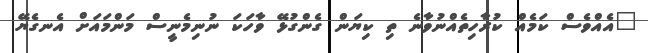
"އެއްވެސް ކަމެއް ކުރާހިތެއްނުވާނެ ތި ކިޔަން ގެންގުޅޭ ވާހަކަ ނުނިމެނީސް މަންމައަށް އެނގެޔޭ